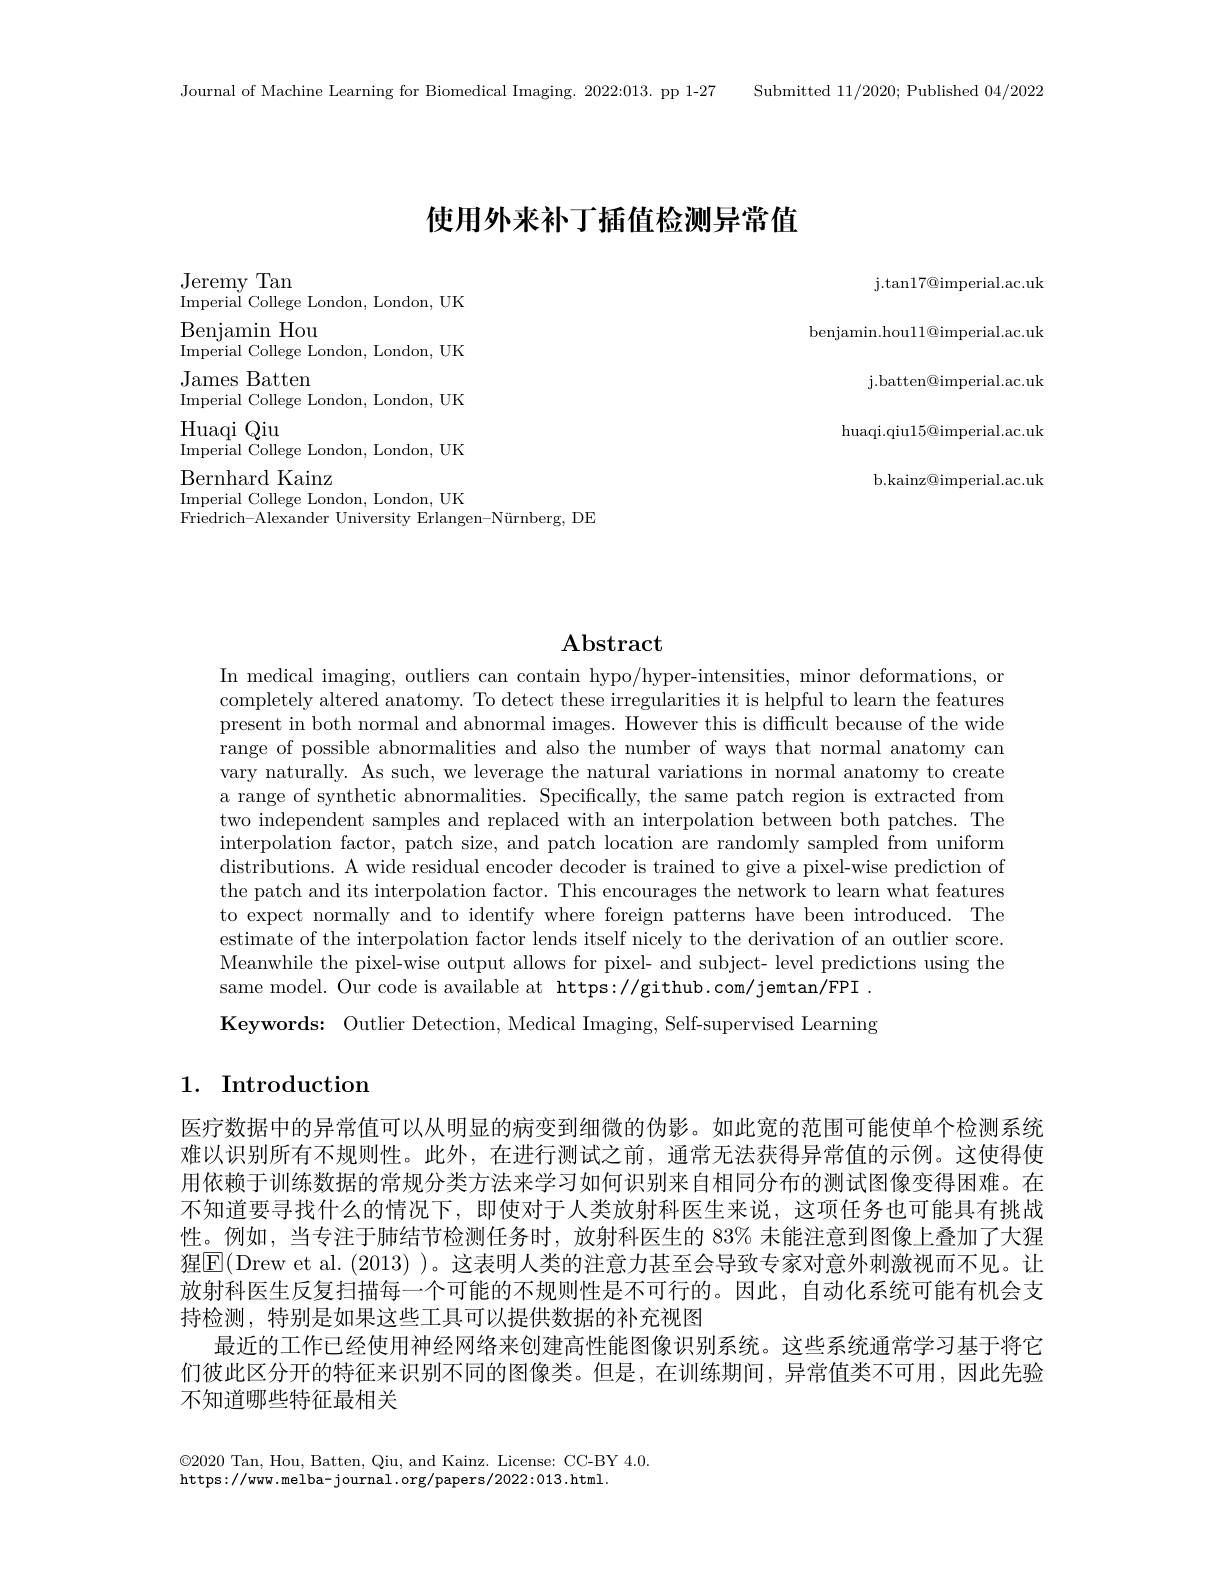
Journal of Machine Learning for Biomedical Imaging. 2022:013. pp 1-27 Submitted 11/2020; Published 04/2022

# 使用外来补丁插值检测异常值

j. tan17@ imperial. ac. uk
benjamin.hou$11@$imperial.ac.uk
j. batten@ imperial. ac. uk huaqi.qiu$15@$imperial.ac.uk
b.kainz@imperial.ac.uk

Jeremy Tan
Imperial College London, London, UK
Benjamin Hou
Imperial College London, London, UK
James Batten
Imperial College London, London, UK
Huaqi Qiu
$\tilde{\text{Imperial College London, London, UK}}$
Bernhard Kainz
Imperial College London, London, UK
Friedrich-Alexander University Erlangen-Nürnberg, DE

## $\mathbf{Abstract}$

In medical imaging, outliers can contain hypo/hyper-intensities, minor deformations, or completely altered anatomy. To detect these irregularities it is helpful to learn the features present in both normal and abnormal images. However this is difficult because of the wide range of possible abnormalities and also the number of ways that normal anatomy can vary naturally. As such, we leverage the natural variations in normal anatomy to create a range of synthetic abnormalities. Specifically, the same patch region is extracted from two independent samples and replaced with an interpolation between both patches. The interpolation factor, patch size, and patch location are randomly sampled from uniform distributions. A wide residual encoder decoder is trained to give a pixel-wise prediction of the patch and its interpolation factor. This encourages the network to learn what features to expect normally and to identify where foreign patterns have been introduced. The estimate of the interpolation factor lends itself nicely to the derivation of an outlier score. Meanwhile the pixel-wise output allows for pixel- and subject- level predictions using the same model. Our code is available at https://github.com/jemtan/FPI . Keywords: Outlier Detection, Medical Imaging, Self-supervised Learning

## 1. Introduction

医疗数据中的异常值可以从明显的病变到细微的伪影。如此宽的范围可能使单个检测系统难以识别所有不规则性。此外，在进行测试之前，通常无法获得异常值的示例。这使得使用依赖于训练数据的常规分类方法来学习如何识别来自相同分布的测试图像变得困难。在不知道要寻找什么的情况下，即使对于人类放射科医生来说，这项任务也可能具有挑战性。例如，当专注于肺结节检测任务时，放射科医生的 83% 未能注意到图像上叠加了大猩猩$\overline{\mathrm{E}}($Drew et al.(2013) )。这表明人类的注意力甚至会导致专家对意外刺激视而不见。让放射科医生反复扫描每一个可能的不规则性是不可行的。因此，自动化系统可能有机会支持检测，特别是如果这些工具可以提供数据的补充视图
最近的工作已经使用神经网络来创建高性能图像识别系统。这些系统通常学习基于将它们彼此区分开的特征来识别不同的图像类。但是，在训练期间，异常值类不可用，因此先验不知道哪些特征最相关

$\odot2020$ Tan, Hou, Batten, Qiu, and Kainz. License: CC-BY 4.0.
https://www.melba-journal.org/papers/2022:013.html.